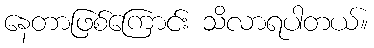
နေတာဖြစ်ကြောင်း သိလာရပါတယ်။